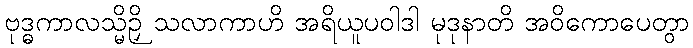
ဗုဒ္ဓကာလသ္မိဉှိ သလာကာဟိ အရိယူပဝါဒါ မုဒုနာတိ အဝိကောပေတွာ